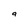
Character: 9